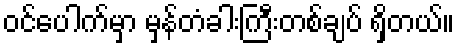
ဝင်ပေါက်မှာ မှန်တံခါးကြီးတစ်ချပ် ရှိတယ်။